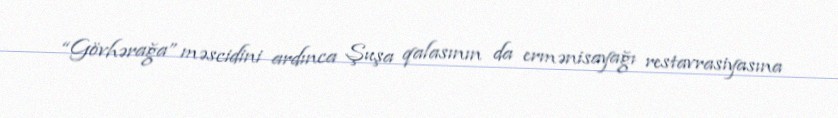
“Gövhərağa” məscidini ardınca Şuşa qalasının da ermənisayağı restavrasiyasına